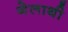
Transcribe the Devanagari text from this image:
गेलाथी